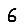
Digit: 6